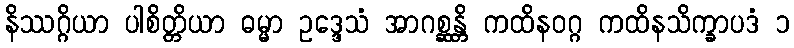
နိဿဂ္ဂိယာ ပါစိတ္တိယာ ဓမ္မာ ဥဒ္ဒေသံ အာဂစ္ဆန္တိ ကထိနဝဂ္ဂ ကထိနသိက္ခာပဒံ ၁